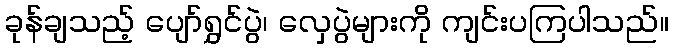
ခုန်ချသည့် ပျော်ရွှင်ပွဲ၊ လှေပွဲများကို ကျင်းပကြပါသည်။